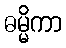
ဓမ္မိကာ